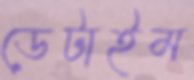
ডেটাইম